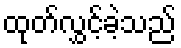
ထုတ်လွှင့်ခဲ့သည်